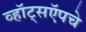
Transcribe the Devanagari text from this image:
व्हॉट्सऍपचे